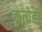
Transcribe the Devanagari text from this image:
कृत्येही